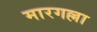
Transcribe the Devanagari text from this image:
मारगल्ला